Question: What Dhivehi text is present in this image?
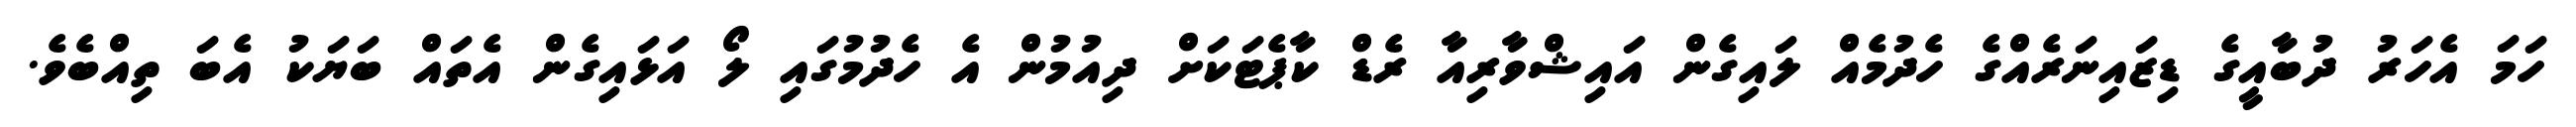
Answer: ހަމަ އެހަރު ދުބާއީގެ ޑިޒައިނަރެއްގެ ހެދުމެއް ލައިގެން އައިޝްވާރިއާ ރެޑް ކާޕެޓަކަށް ދިއުމުން އެ ހެދުމުގައި ލޯ އަޅައިގެން އެތައް ބަޔަކު އެބަ ތިއްބެވެ.